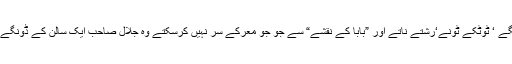
لوگ ڈنڈے‘ دھکے‘ پنگے ‘ ٹوٹکے ٹونے‘رشتے ناتے اور ”بابا کے نقشے“ سے جو جو معرکے سر نہیں کرسکتے وہ جلال صاحب ایک سالن کے ڈونگے سے حل کرجاتے ہیں۔